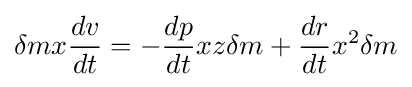
\delta mx{\frac {dv}{dt}}=-{\frac {dp}{dt}}xz\delta m+{\frac {dr}{dt}}x^{2}\delta m